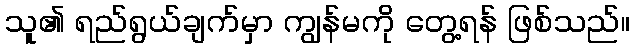
သူ၏ ရည်ရွယ်ချက်မှာ ကျွန်မကို တွေ့ရန် ဖြစ်သည်။